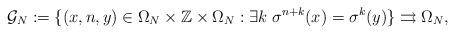
LaTeX: \begin{align*}\mathcal{G}_N:=\{(x,n,y)\in \Omega_N\times \mathbb{Z}\times \Omega_N: \exists k \; \sigma^{n+k}(x)=\sigma^k(y)\}\rightrightarrows \Omega_N,\end{align*}